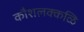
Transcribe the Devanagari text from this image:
कौशलक्कळि